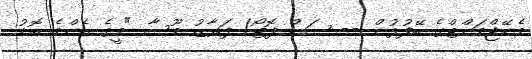
މެނޭޖްމަންޓްގެ ބޭފުޅުން -- ސަން ފޮޓޯ/ ފަޔާޒު މޫސާ "މީގެ އެންމެ ބޮޑު